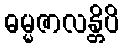
ဓမ္မဇာလန္တိပိ